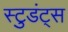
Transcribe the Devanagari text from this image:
स्टुडंट्‍स